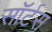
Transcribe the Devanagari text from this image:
सॉर्टस